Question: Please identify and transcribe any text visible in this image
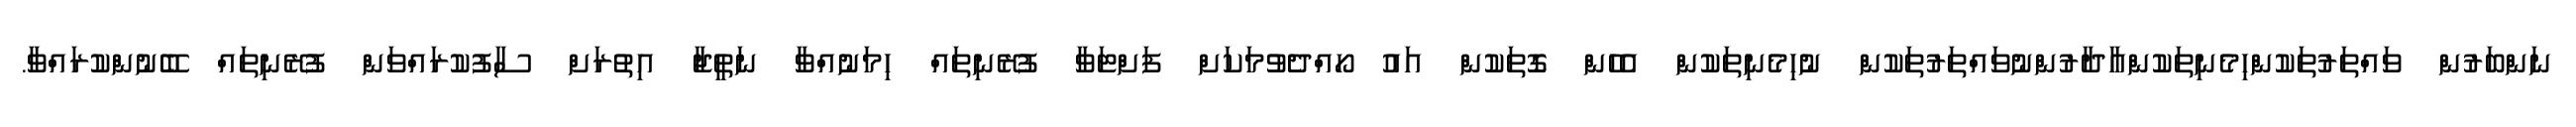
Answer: ނަންބަރުން ވައްތަރުތަކުންހިމެނިތަކުންއާދާރުންނުވައްތަރުތަކުން ނުހިމެނިތަކުން އެހެން ގޮތަކުން އައު ހޯއްދެވުމަކަށް ފަށްޓަވާ ފުރޭނިތައް ހިމަނުއްވާ ނަތީޖާ އިތުރަށް ސާފުކުރައްވަން ފުރޭނިތައް ބޭނުންކުރައްވާ.